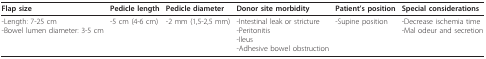
<table><thead><tr><td><b>Flap size</b></td><td><b>Pedicle length</b></td><td><b>Pedicle diameter</b></td><td><b>Donor site morbidity</b></td><td><b>Patient&#x27;s position</b></td><td><b>Special considerations</b></td></tr></thead><tbody><tr><td>-Length: 7-25 cm-Bowel lumen diameter: 3-5 cm</td><td>-5 cm (4-6 cm)</td><td>-2 mm (1,5-2,5 mm)</td><td>-Intestinal leak or stricture-Peritonitis-Ileus-Adhesive bowel obstruction</td><td>-Supine position</td><td>-Decrease ischemia time-Mal odeur and secretion</td></tr></tbody></table>